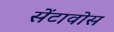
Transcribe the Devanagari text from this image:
सेंटावोस